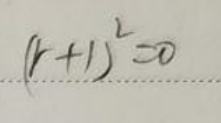
$( r + 1 ) ^ { 2 } = 0$